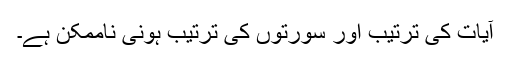
آیات کی ترتیب اور سورتوں کی ترتیب ہونی ناممکن ہے۔